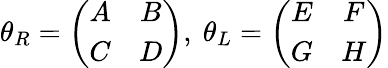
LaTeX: \theta_{R}=\left(\begin{array}{cc}{{A}}&{{B}}\\ {{C}}&{{D}}\end{array}\right),\ \theta_{L}=\left(\begin{array}{cc}{{E}}&{{F}}\\ {{G}}&{{H}}\end{array}\right)